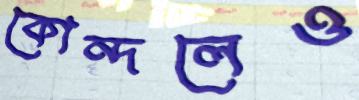
কোন্দলেও